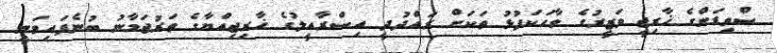
ސްވިޑަންގެ ޚާރިޖީ ވަޒީރުގެ ވާހަކަފުޅު ތަކަށް ރައްދުދީ އިސްރާއީލުގެ ޚާރިޖިއްޔާގެ ތަރުޖަމާނު ބުނެފައިވަނީ